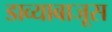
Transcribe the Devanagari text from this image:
डाव्याबाजूस